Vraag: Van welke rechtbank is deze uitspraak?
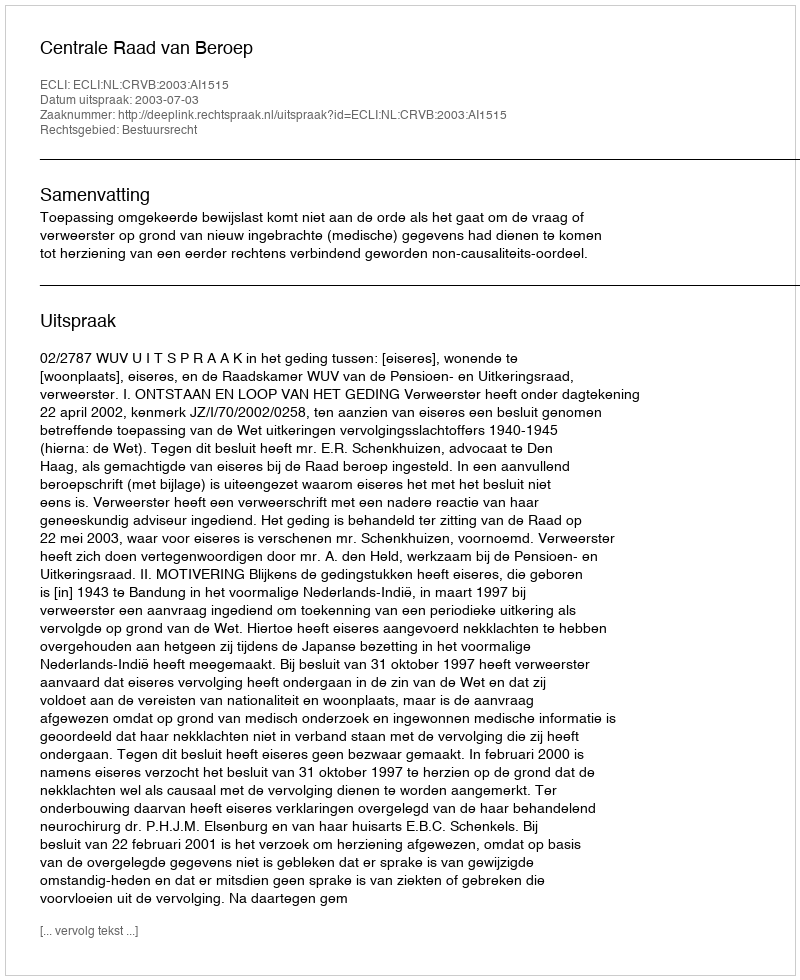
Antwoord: Centrale Raad van Beroep